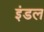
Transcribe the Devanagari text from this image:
इंडल